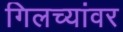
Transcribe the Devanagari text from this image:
गिलच्यांवर